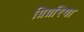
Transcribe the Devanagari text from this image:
ग्रिग्ररिया